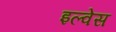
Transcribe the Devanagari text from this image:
इल्वेस